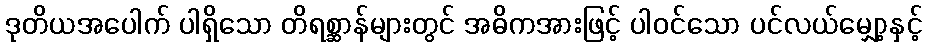
ဒုတိယအပေါက် ပါရှိသော တိရစ္ဆာန်များတွင် အဓိကအားဖြင့် ပါဝင်သော ပင်လယ်မျှော့နှင့်